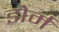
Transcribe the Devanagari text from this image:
डोर्म